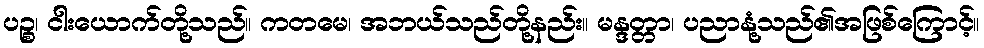
ပဉ္စ၊ ငါးယောက်တို့သည်။ ကတမေ၊ အဘယ်သည်တို့နည်း။ မန္ဒတ္တာ၊ ပညာနုံ့သည်၏အဖြစ်ကြောင့်။